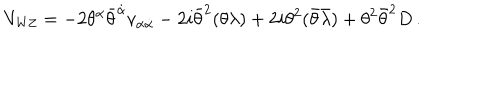
LaTeX: V _ { \mathrm { W Z } } = - 2 \theta ^ { \alpha } \bar { \theta } ^ { \dot { \alpha } } v _ { \alpha \dot { \alpha } } - 2 i \bar { \theta } ^ { 2 } ( \theta \lambda ) + 2 i \theta ^ { 2 } ( \bar { \theta } \bar { \lambda } ) + \theta ^ { 2 } \bar { \theta } ^ { 2 } D \, .